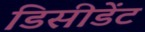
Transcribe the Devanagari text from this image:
डिसीडेंट